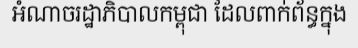
អំណាចរដ្ឋាភិបាលកម្ពុជា ដែលពាក់ព័ន្ធក្នុង